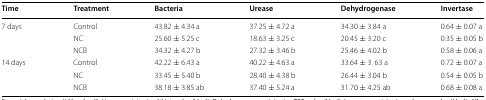
<table><thead><tr><td><b>Time</b></td><td><b>Treatment</b></td><td><b>Bacteria</b></td><td><b>Urease</b></td><td><b>Dehydrogenase</b></td><td><b>Invertase</b></td></tr></thead><tbody><tr><td rowspan="3">7 days</td><td>Control</td><td>43.82 ± 4.34 a</td><td>37.25 ± 4.72 a</td><td>34.30 ± 3.84 a</td><td>0.64 ± 0.07 a</td></tr><tr><td>NC</td><td>25.60 ± 5.25 c</td><td>18.63 ± 3.25 c</td><td>20.45 ± 3.20 c</td><td>0.35 ± 0.05 b</td></tr><tr><td>NCB</td><td>34.32 ± 4.27 b</td><td>27.32 ± 3.46 b</td><td>25.46 ± 4.02 b</td><td>0.58 ± 0.06 a</td></tr><tr><td rowspan="3">14 days</td><td>Control</td><td>42.22 ± 6.43 a</td><td>40.22 ± 4.63 a</td><td>33.64 ± 3. 63 a</td><td>0.72 ± 0.07 a</td></tr><tr><td>NC</td><td>33.45 ± 5.40 b</td><td>28.40 ± 4.38 b</td><td>26.44 ± 3.04 b</td><td>0.54 ± 0.05 b</td></tr><tr><td>NCB</td><td>38.18 ± 3.85 ab</td><td>37.40 ± 5.24 a</td><td>31.70 ± 4.25 ab</td><td>0.68 ± 0.08 a</td></tr></tbody></table>